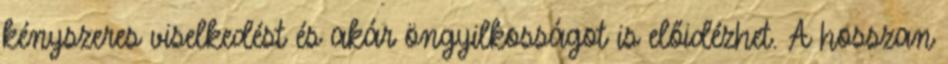
kényszeres viselkedést és akár öngyilkosságot is előidézhet. A hosszan